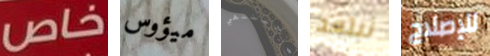
خاص ميؤوس سينتهي نبتعد للإصلاح